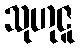
သုဟုဇူ